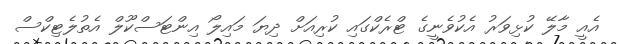
އެއީ މާލޭ ކުޅިވަރު އެކުވެނީގެ ޓްރެކްގައި ކުރިއަށް ދިޔަ މައިލޯ އިންޓަސްކޫލް އެތުލެޓިކްސް